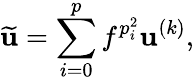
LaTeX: \widetilde{\mathbf{u}}=\sum_{i=0}^{p}f^{p_{i}^{2}}\mathbf{u}^{(k)},